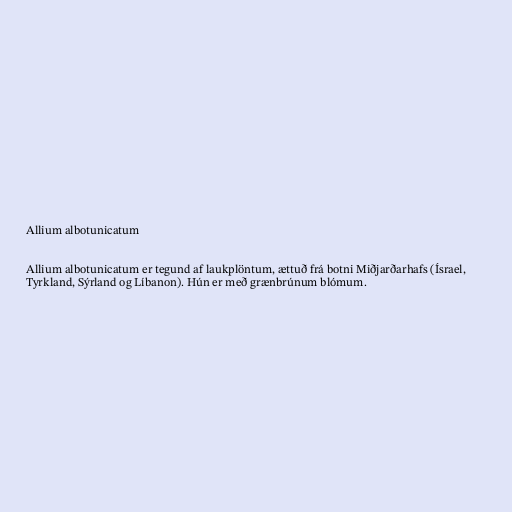
Allium albotunicatum

Allium albotunicatum er tegund af laukplöntum, ættuð frá botni Miðjarðarhafs (Ísrael,
Tyrkland, Sýrland og Líbanon). Hún er með grænbrúnum blómum.